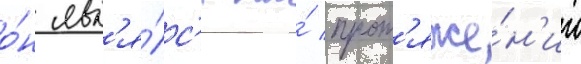
о́н явл'я́лс'я на́ прот'яже́н'ии